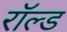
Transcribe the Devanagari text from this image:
रॉल्‍ड